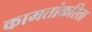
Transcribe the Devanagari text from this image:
कामतांकरिता